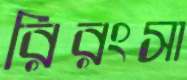
রিরংসা